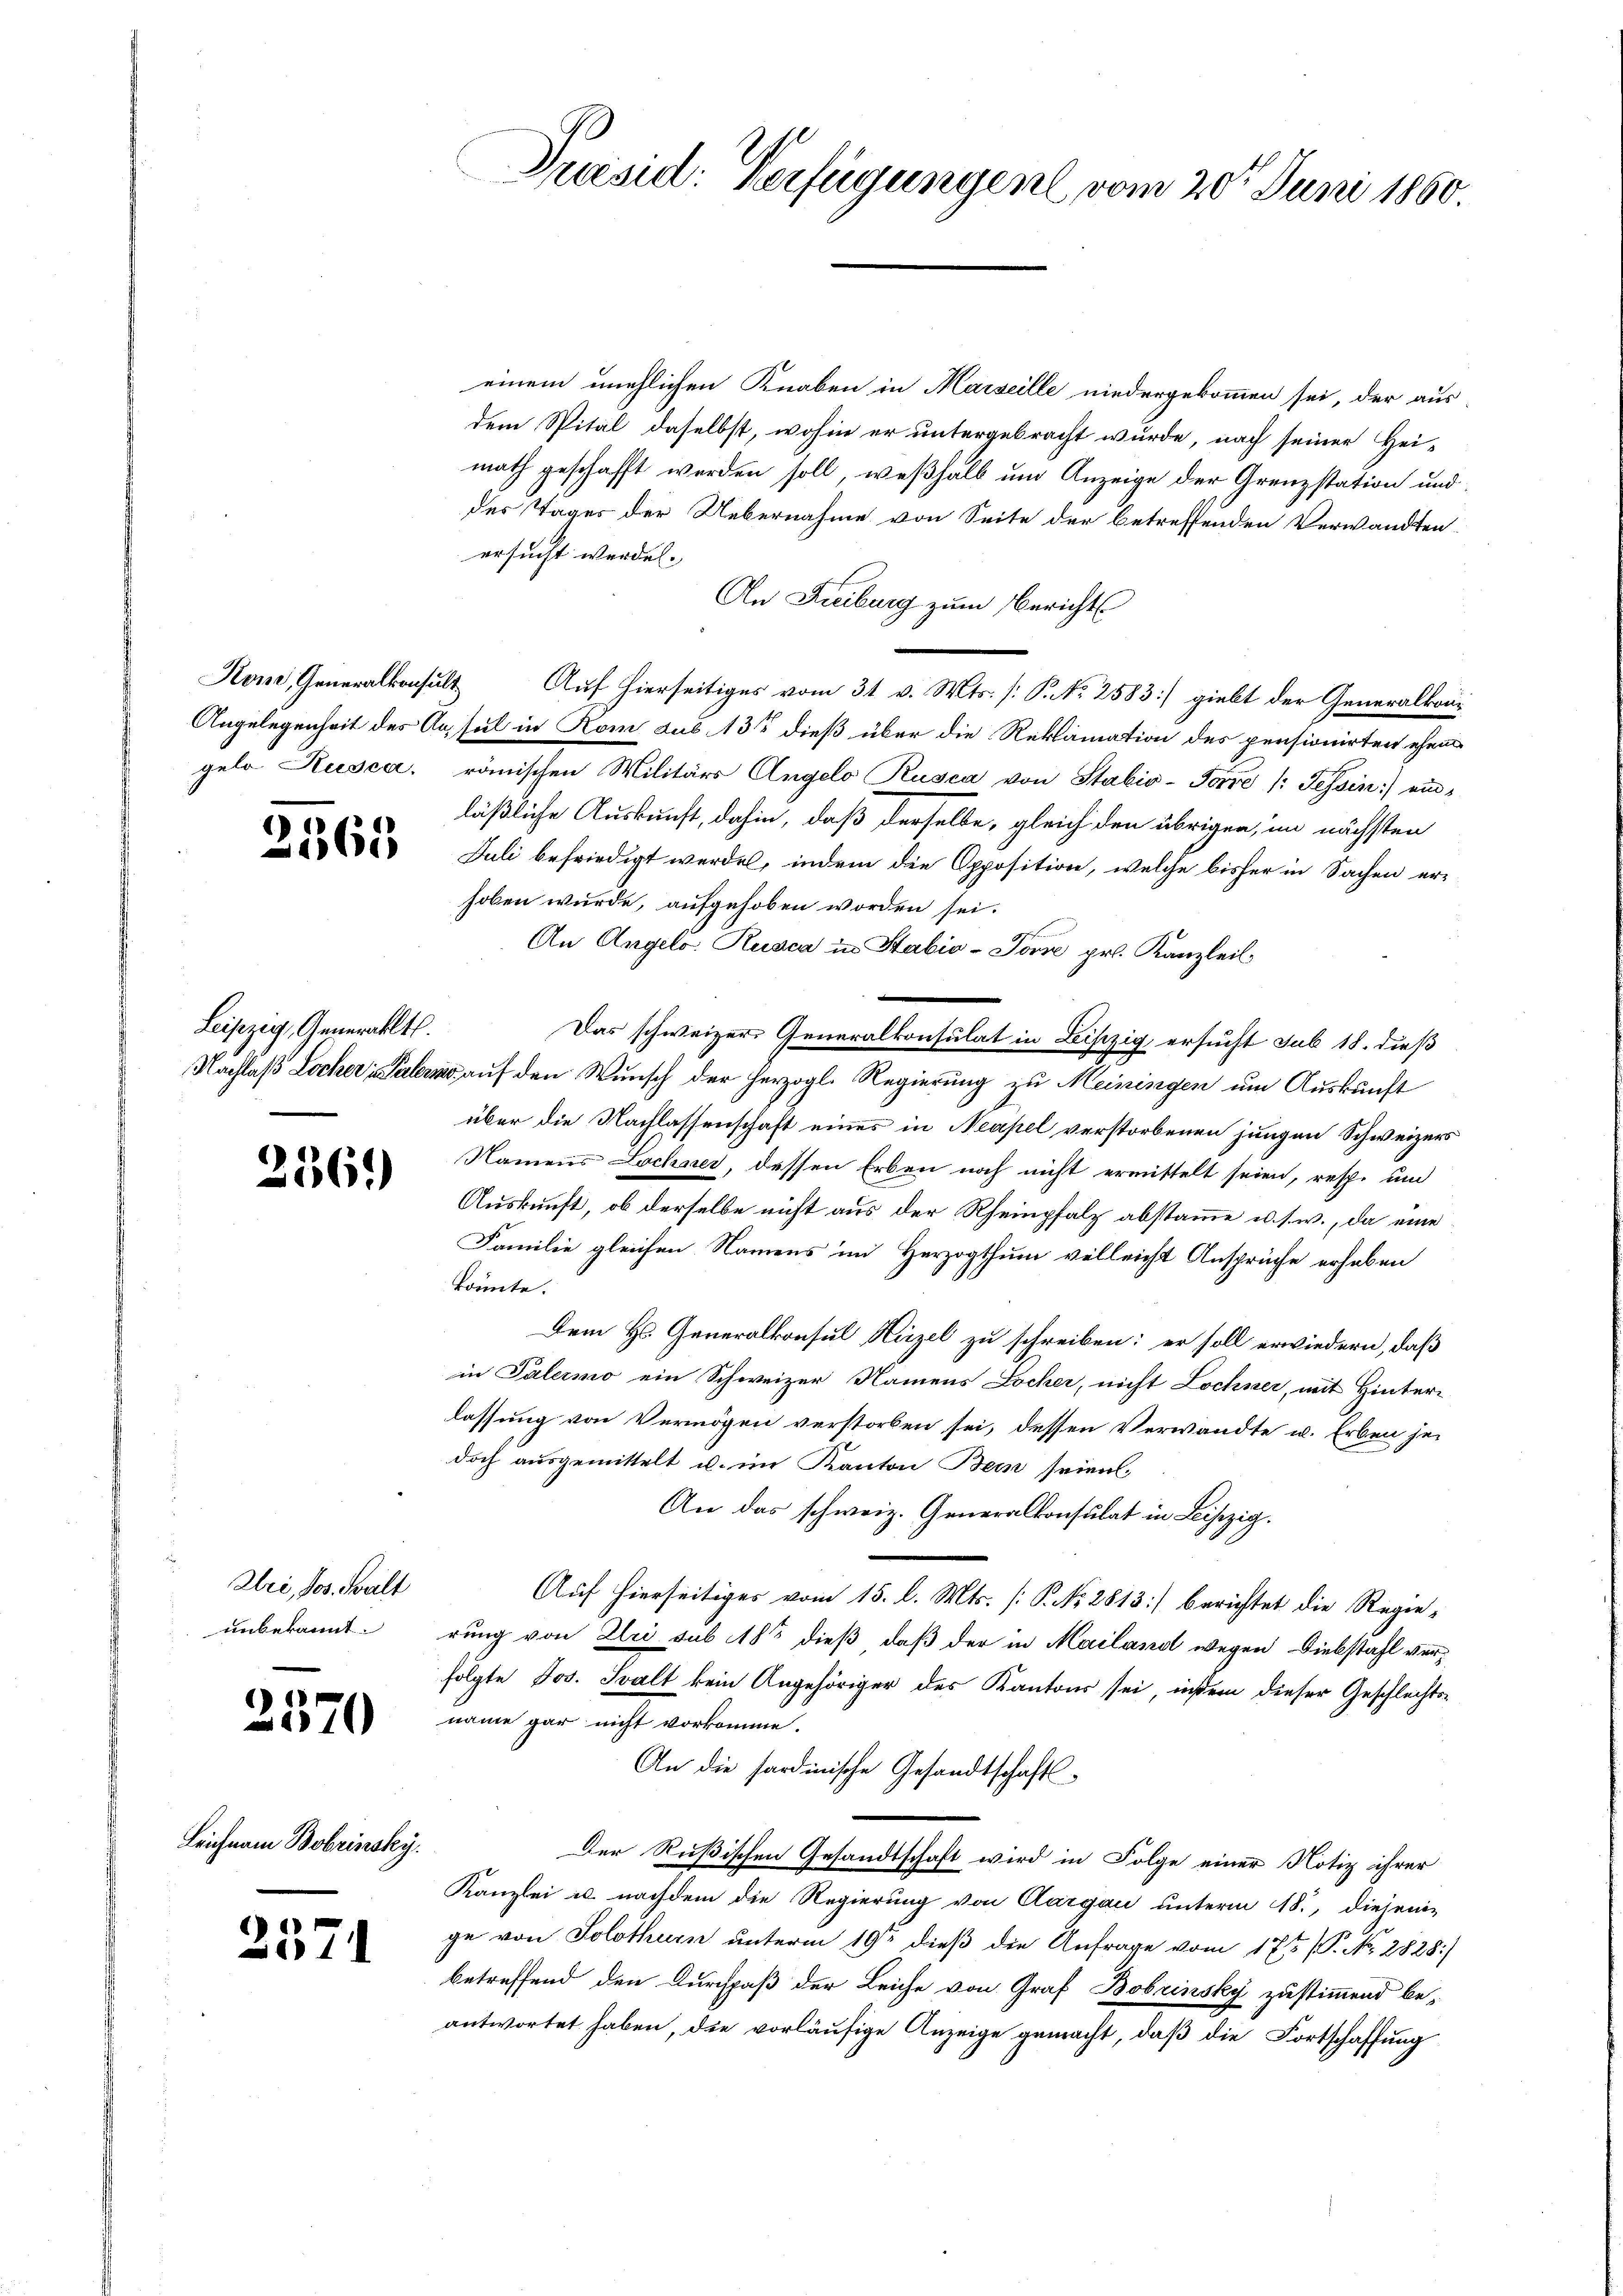
2565

Leipzig, Generallt.

236.)

Uri, Jos. Balt
unbekannt.

2570

Leichnam Bobrissky.

257

einem unehlichen Knaben in Marseille niedergekommen sei, der aus
dem Spital daselbst, wohin er untergebracht wurde, nach seiner Hei-
math geschafft werden soll, weßhalb um Anzeige der Grenzstation und
der Tages der Uebernahme von Seite der betreffenden Verwandten-
ersucht werden. |
An Freiburg zum Bericht
Kone, Generalkonsult Auf hierseitiges vom 31. v. Mts. [P. No 2583] giebt der Generalkon¬
Angelegenheit des Ansul in Hom dus 13 dieß über die Reklamation des pensionirten ehem
gelo Rusca, römischen Militärs Angelo Rusca von Stabio-Forre /: Tessin:) einläßliche Auskunft, dahin, daß derselbe, gleich den übrigen, im nächsten
Juli befriedigt werden, indem die Opposition, welche bisher in Sachen erhoben wurde, aufgehoben worden sei.
An Angelo. Rusca in Stabio-Torre pr. Kanzleil
Das schweizer Generalkonsulat in Leipzig, ersucht sub 18. dieß
Nachlaß Locher Palers auf den Wunsch der herzogl. Regierung zu Meiningen um Auskunft
über die Nachlassenschaft eines in Neapel verstorbenen jungen Schweizers
Namens Lochner, dessen Erben noch nicht ermittelt seien, resp. und
Auskunft, ob derselbe nicht aus der Rheinpfalz abstamme u. s. w., da eine
Familie gleichen Namens im Herzogthum velleicht Ansprüche erhaben
könnte.
Dem Hs. Generalkonsul Hirzel zu schreiben; er soll erwiedern, daß
in Talermo ein Schweizer Namens Locher, nicht Lochner, mit Hinterlassung von Vermögen verstorben sei, dessen Verwandte u. Erben jedoch ausgemittelt u. im Kanton Bein seien,
An das schweiz. Generalkonsulat in Leipzig.
Auf hierseitiges vom 15. d. Mts. [P. No. 2813] berichtet die Regierung von Uri sub 183 dieß, daß der in Mailand wegen Diebstahl verfolgte Jos. Svalt kein Angehöriger des Kantons sei, inster dieser Geschlechts-
name gar nicht vorkomme.
An die hardinische Gesandtschaft
Der Rußischen Gesandtschaft wird in Folge einer Notiz ihrer
Kanzlei u. nachdem die Regierung von Aargau unterm 18., diejeni-
ge von Solothurn unterm 19te dieß die Anfrage vom 173 (P. No. 2828)
betreffend den Durchpaß der Leiche von Graf Bobrinsky zustimmend beantwortet haben, die vorläufige Anzeige gemacht, daß die Fortschaffung

Präsid: Verfügungen vom 20t Juni 1860.